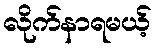
လိုက်နာရမယ့်